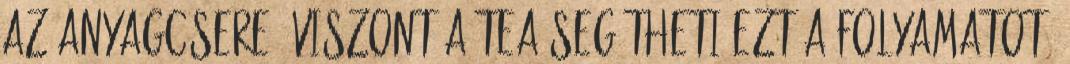
az anyagcsere. Viszont a tea segítheti ezt a folyamatot.